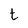
Character: t